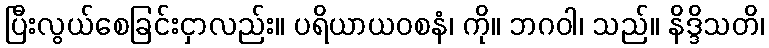
ပြီးလွယ်စေခြင်းငှာလည်း။ ပရိယာယဝစနံ၊ ကို။ ဘဂဝါ၊ သည်။ နိဒ္ဒိသတိ၊